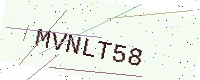
Text: MVNLT58